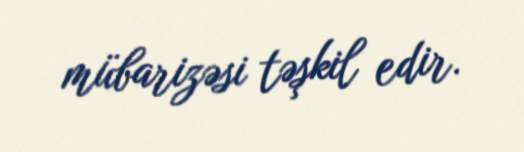
mübarizəsi təşkil edir.